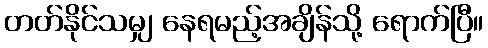
တတ်နိုင်သမျှ နေရမည့်အချိန်သို့ ရောက်ပြီ။